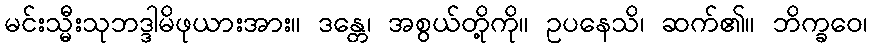
မင်းသ္မီးသုဘဒ္ဒါမိဖုယားအား။ ဒန္တေ၊ အစွယ်တို့ကို။ ဥပနေသိ၊ ဆက်၏။ ဘိက္ခဝေ၊